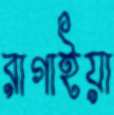
রাগাইয়া